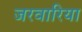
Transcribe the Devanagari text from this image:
जरवारिया